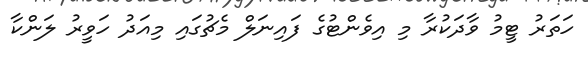
ހަތަރު ޓީމު ވާދަކުރާ މި އިވެންޓުގެ ފައިނަލް މެޗުގައި މިއަދު ހަވީރު ލަންކާ